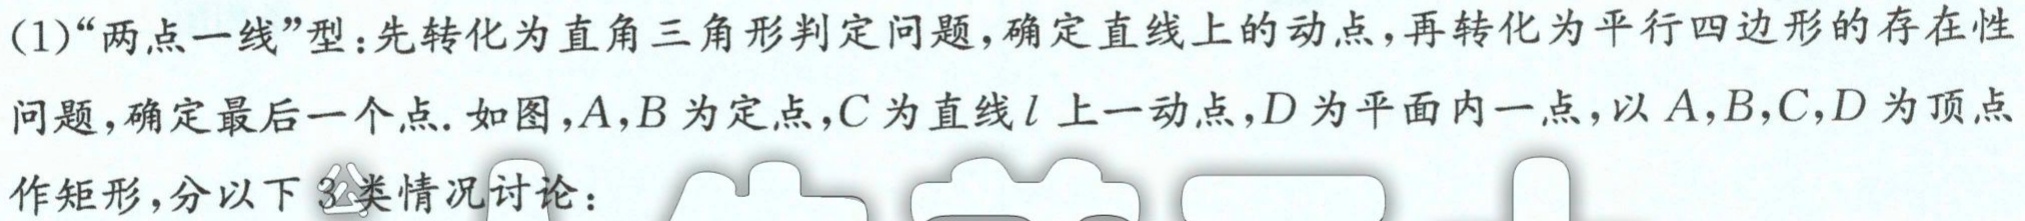
(1)“两点一线”型：先转化为直角三角形判定问题，确定直线上的动点，再转化为平行四边形的存在性
问题，确定最后一个点. 如图，\(A,B\)为定点，\(C\)为直线\(l\) 上一动点，\(D\)为平面内一点，以\(A,B,C,D\)为顶点
作矩形，分以下 3类情况讨论：